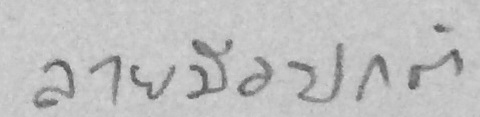
ลายมือปกติ